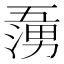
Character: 𭱷